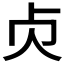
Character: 𠧖